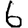
Digit: 6